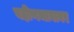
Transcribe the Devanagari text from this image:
बहीणभावावर